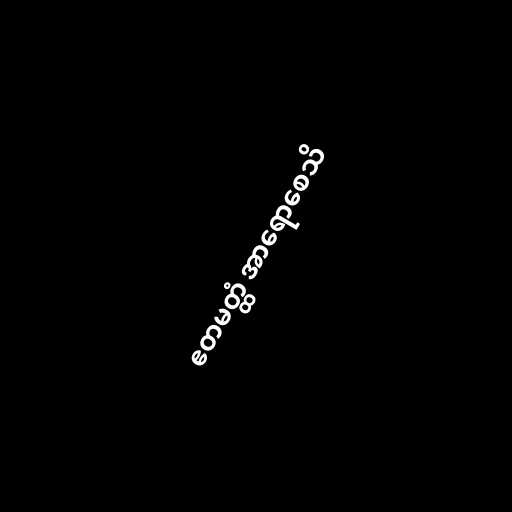
ဧတမတ္ထံ အာရောစေသိ